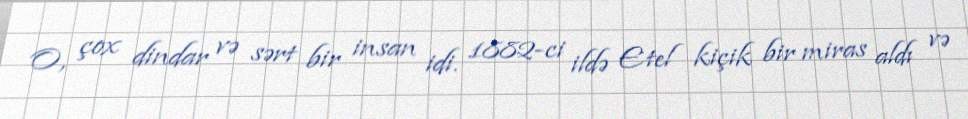
O, çox dindar və sərt bir insan idi. 1882-ci ildə Etel kiçik bir miras aldı və